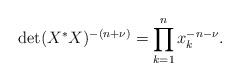
\begin{align*}\det (X^* X)^{-(n+\nu)} = \prod_{k=1}^n x_k^{-n-\nu}.\end{align*}